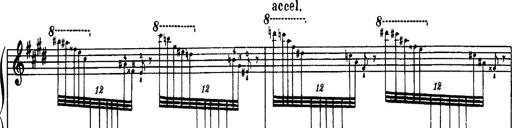
Title: Paraphrase de concert sur Rigoletto
Composer: Franz Liszt